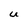
Character: U